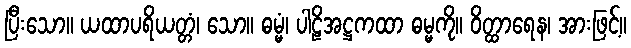
ပြီးသော။ ယထာပရိယတ္တံ၊ သော။ ဓမ္မံ၊ ပါဠိအဋ္ဌကထာ ဓမ္မကို။ ဝိတ္ထာရေန၊ အားဖြင့်။